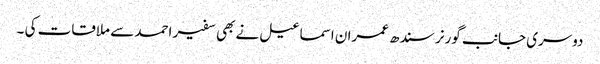
دوسری جانب گورنر سندھ عمران اسماعیل نے بھی سفیر احمد سے ملاقات کی ۔